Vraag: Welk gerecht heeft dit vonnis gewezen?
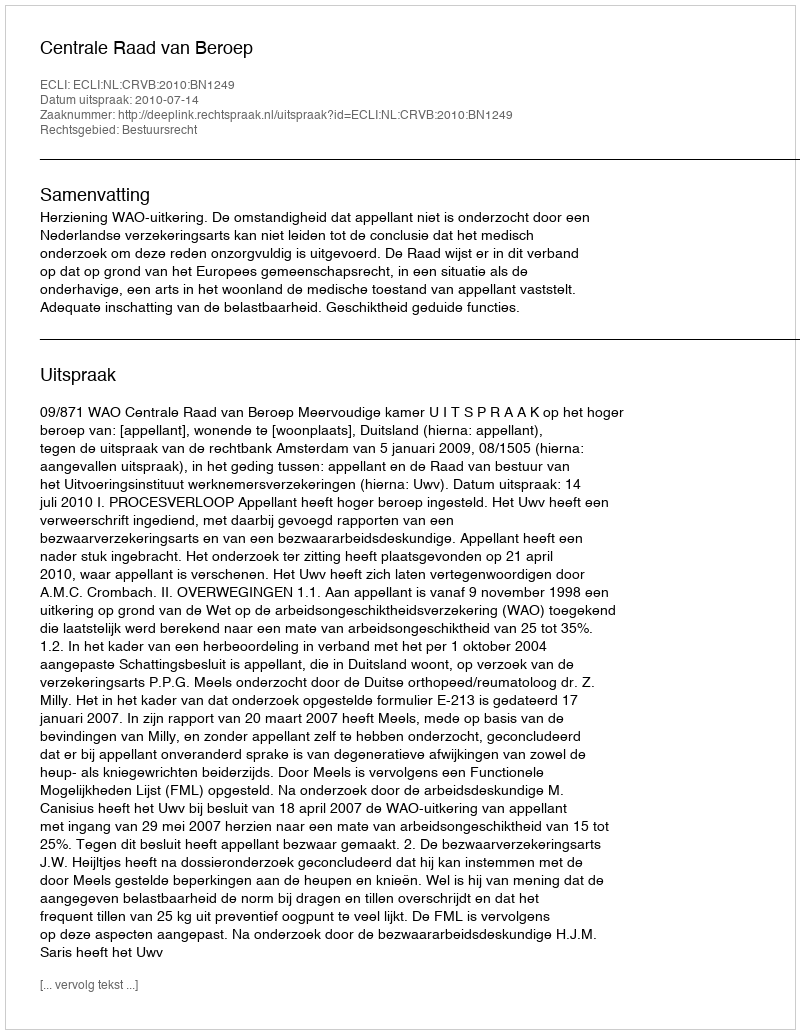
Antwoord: Centrale Raad van Beroep